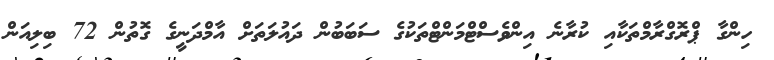
ހިންގާ ޕްރޮގްރާމްތަކާއި ކުރާނެ އިންވެސްޓްމަންޓްތަކުގެ ސަބަބުން ދައުލަތަށް އާމްދަނީގެ ގޮތުން 72 ބިލިއަން